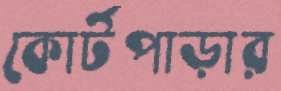
কোর্টপাড়ার